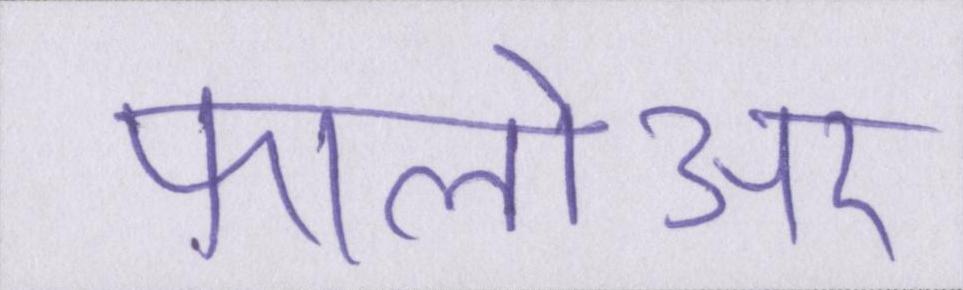
फालोअर